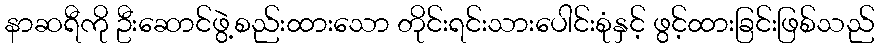
နာဆရီကို ဦးဆောင်ဖွဲ့စည်းထားသော တိုင်းရင်းသားပေါင်းစုံနှင့် ဖွင့်ထားခြင်းဖြစ်သည်